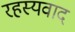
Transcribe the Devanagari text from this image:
रहस्‍यवाद